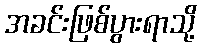
အခင်းဖြစ်ပွားရာသို့